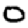
Digit: 0